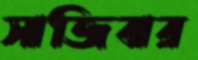
সাজিবার